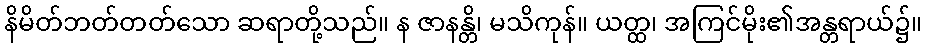
နိမိတ်ဘတ်တတ်သော ဆရာတို့သည်။ န ဇာနန္တိ၊ မသိကုန်။ ယတ္ထ၊ အကြင်မိုး၏အန္တရာယ်၌။